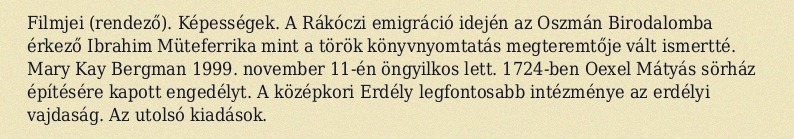
Filmjei (rendező). Képességek. A Rákóczi emigráció idején az Oszmán Birodalomba érkező Ibrahim Müteferrika mint a török könyvnyomtatás megteremtője vált ismertté. Mary Kay Bergman 1999. november 11-én öngyilkos lett. 1724-ben Oexel Mátyás sörház építésére kapott engedélyt. A középkori Erdély legfontosabb intézménye az erdélyi vajdaság. Az utolsó kiadások.